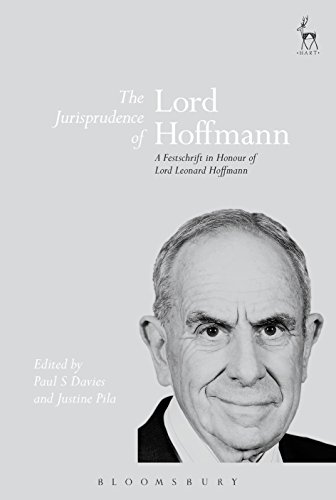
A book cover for The Jurisprudence of Lord Hoffmann: A Festschrift in Honour of Lord Leonard Hoffmann; Law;